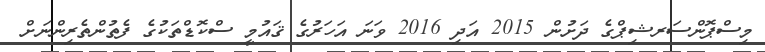
މިސްޕޮންސަރޝިޕްގެ ދަށުން 2015 އަދި 2016 ވަނަ އަހަރުގެ ޤައުމީ ސްކޮޑްތަކުގެ ފެތުންތެރިންނަށް